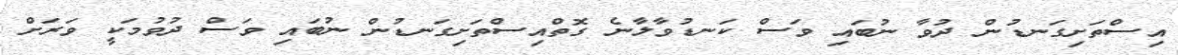
އިސްތަށިގަނޑުން ދުވާ ނުބައި ވަސް ކަނޑުވާލާނެ ގޮތްއިސްތަށިގަނޑުން ނުބައި ވަސް ދުވުމަކީ ވަރަށް